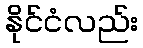
နိုင်ငံလည်း